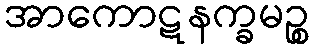
အာကောဋနက္ခမဉ္စ